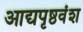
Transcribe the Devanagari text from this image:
आद्यपृष्ठवंश